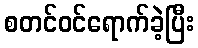
စတင်ဝင်ရောက်ခဲ့ပြီး